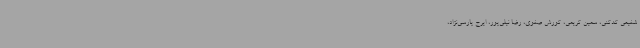
شفیعی کدکنی، سمین کریمی، کورش صفوی، رضا نیلی‌پور، ایرج پارسی‌نژاد،